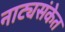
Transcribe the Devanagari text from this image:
नाट्यसंकेत